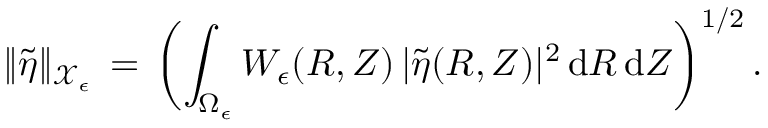
\| \tilde { \eta } \| _ { \mathcal { X } _ { \epsilon } } \, = \, \biggl ( \int _ { \Omega _ { \epsilon } } W _ { \epsilon } ( R , Z ) \, | \tilde { \eta } ( R , Z ) | ^ { 2 } \, \mathrm { d } R \, \mathrm { d } Z \biggr ) ^ { 1 / 2 } \, .